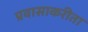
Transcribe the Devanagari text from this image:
प्रवासाकरीता